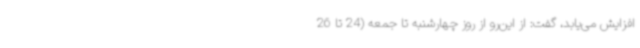
افزایش می‌یابد، گفت: از این‌رو از روز چهارشنبه تا جمعه (24 تا 26